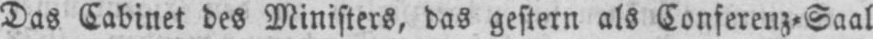
Das Cabinet des Ministers, das gestern als Conferenz⸗Saal